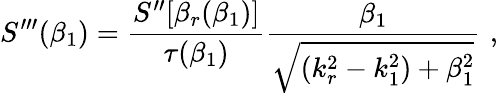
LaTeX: S^{\prime\prime\prime}(\beta_{1})=\frac{S^{\prime\prime}[\beta_{r}(\beta_{1})]}{\tau(\beta_{1})}\frac{\beta_{1}}{\sqrt{(k_{r}^{2}-k_{1}^{2})+\beta_{1}^{2}}}\, \, ,